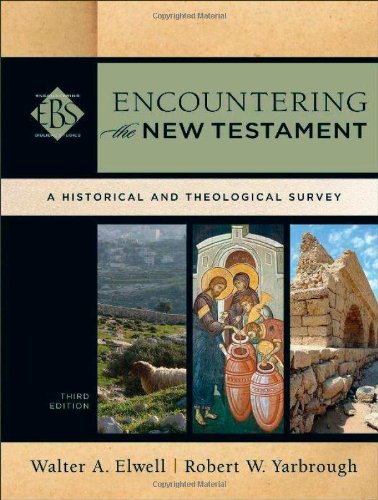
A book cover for Encountering the New Testament: A Historical and Theological Survey (Encountering Biblical Studies); Walter A. Elwell; Christian Books & Bibles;